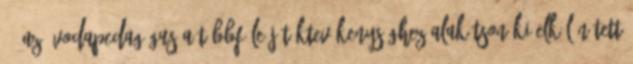
14 Az óvodapedagógus a többféle játéktevékenységhez alakítson ki elkülönített